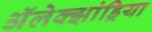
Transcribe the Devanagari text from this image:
अॅलेक्झांड्रिया